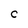
Character: C